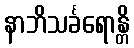
နာဘိသင်္ခရောန္တိ